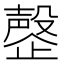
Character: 𬆍